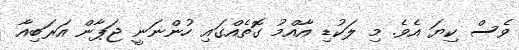
ވެސް ކިޔަ އެވެ. މި ލަކުޑި އާއްމު ގޮތެއްގައި ހުންނަނީ ޖަޕާން އަރަބިއާ